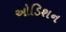
ઓડિશન